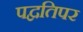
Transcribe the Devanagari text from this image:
पद्वतिपर